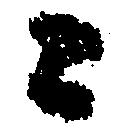
々